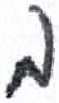
אות: ב